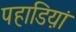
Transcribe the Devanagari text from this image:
पहाडिय़ां